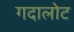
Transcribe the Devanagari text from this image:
गदालोट